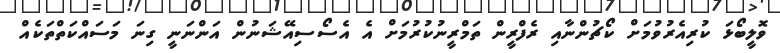
ވޮލީބޯޅަ ކުރިއެރުވުމަށް ކޯޗުންނާއި ރެފްރީން ތަމްރީނުކުރުމަށް އެ އެސޯސިއޭޝަނުން އަންނަނީ ގިނަ މަސައްކަތްތަކެއް